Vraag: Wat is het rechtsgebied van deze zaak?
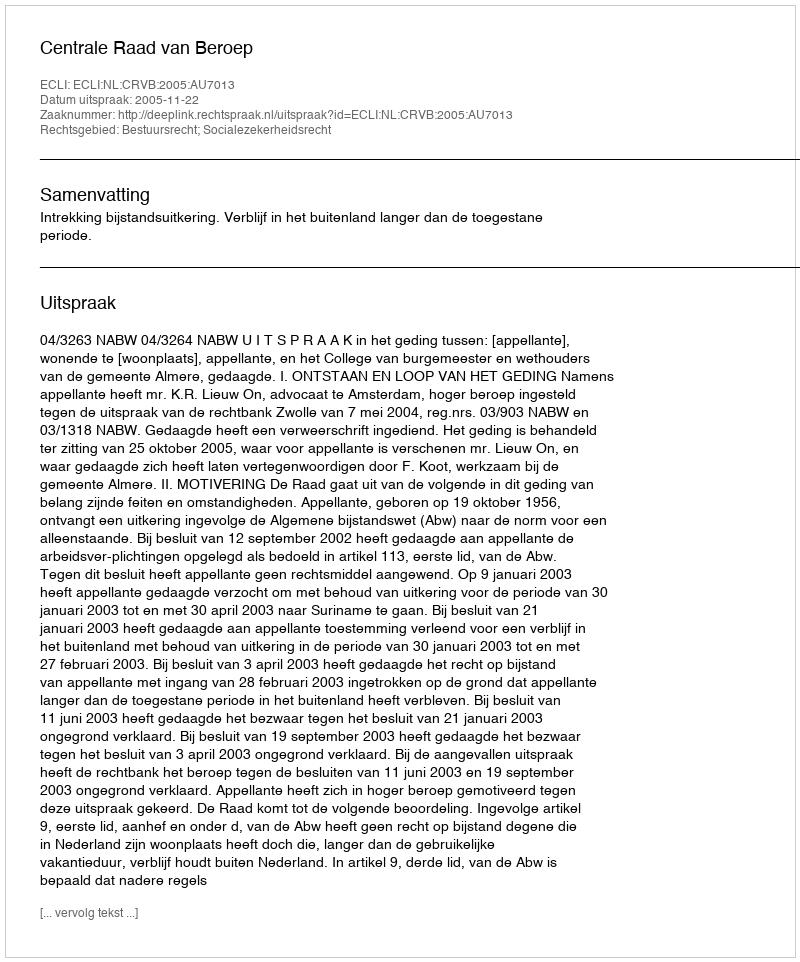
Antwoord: Bestuursrecht; Socialezekerheidsrecht